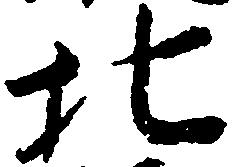
北